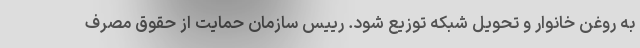
به روغن خانوار و تحویل شبکه توزیع شود. رییس سازمان حمایت از حقوق مصرف